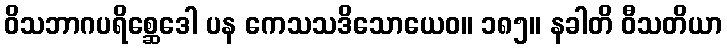
ဝိသဘာဂပရိစ္ဆေဒေါ ပန ကေသသဒိသောယေဝ။ ၁၈၅။ နခါတိ ဝီသတိယာ